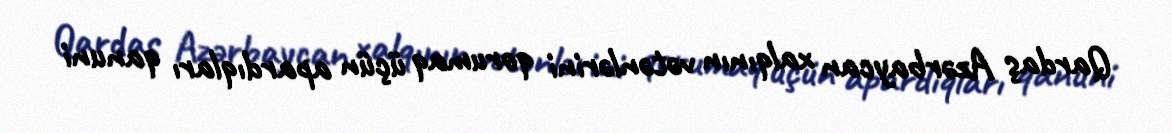
Qardaş Azərbaycan xalqının vətənlərini qorumaq üçün apardıqları qanuni